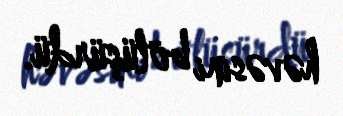
həvəsini bölüşürdü.